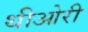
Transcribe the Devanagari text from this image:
थीओरी